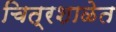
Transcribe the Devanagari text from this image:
चित्रशाळेत